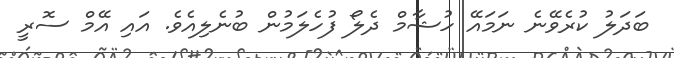
ބަދަލު ކުރެވޭނެ ނަމައޭ ހުޝާމް ދެލޯ ފުހެލަމުން ބުނެލިއެވެ. އައި އޭމް ސޮރީ